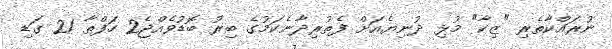
ނުރައްކާތެރި "ޒިކާ" މުޅި ދުނިޔެއަށް ފެތުރިދާނެކަމުގެ ބިރު ބޮޑުވެއްޖެ2 ހަފްތާ 21 ގަޑި